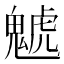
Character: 䰧